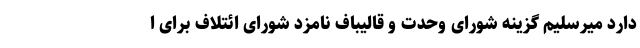
دارد میرسلیم گزینه شورای وحدت و قالیباف نامزد شورای ائتلاف برای ا